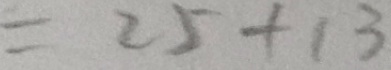
= 2 5 + 1 3